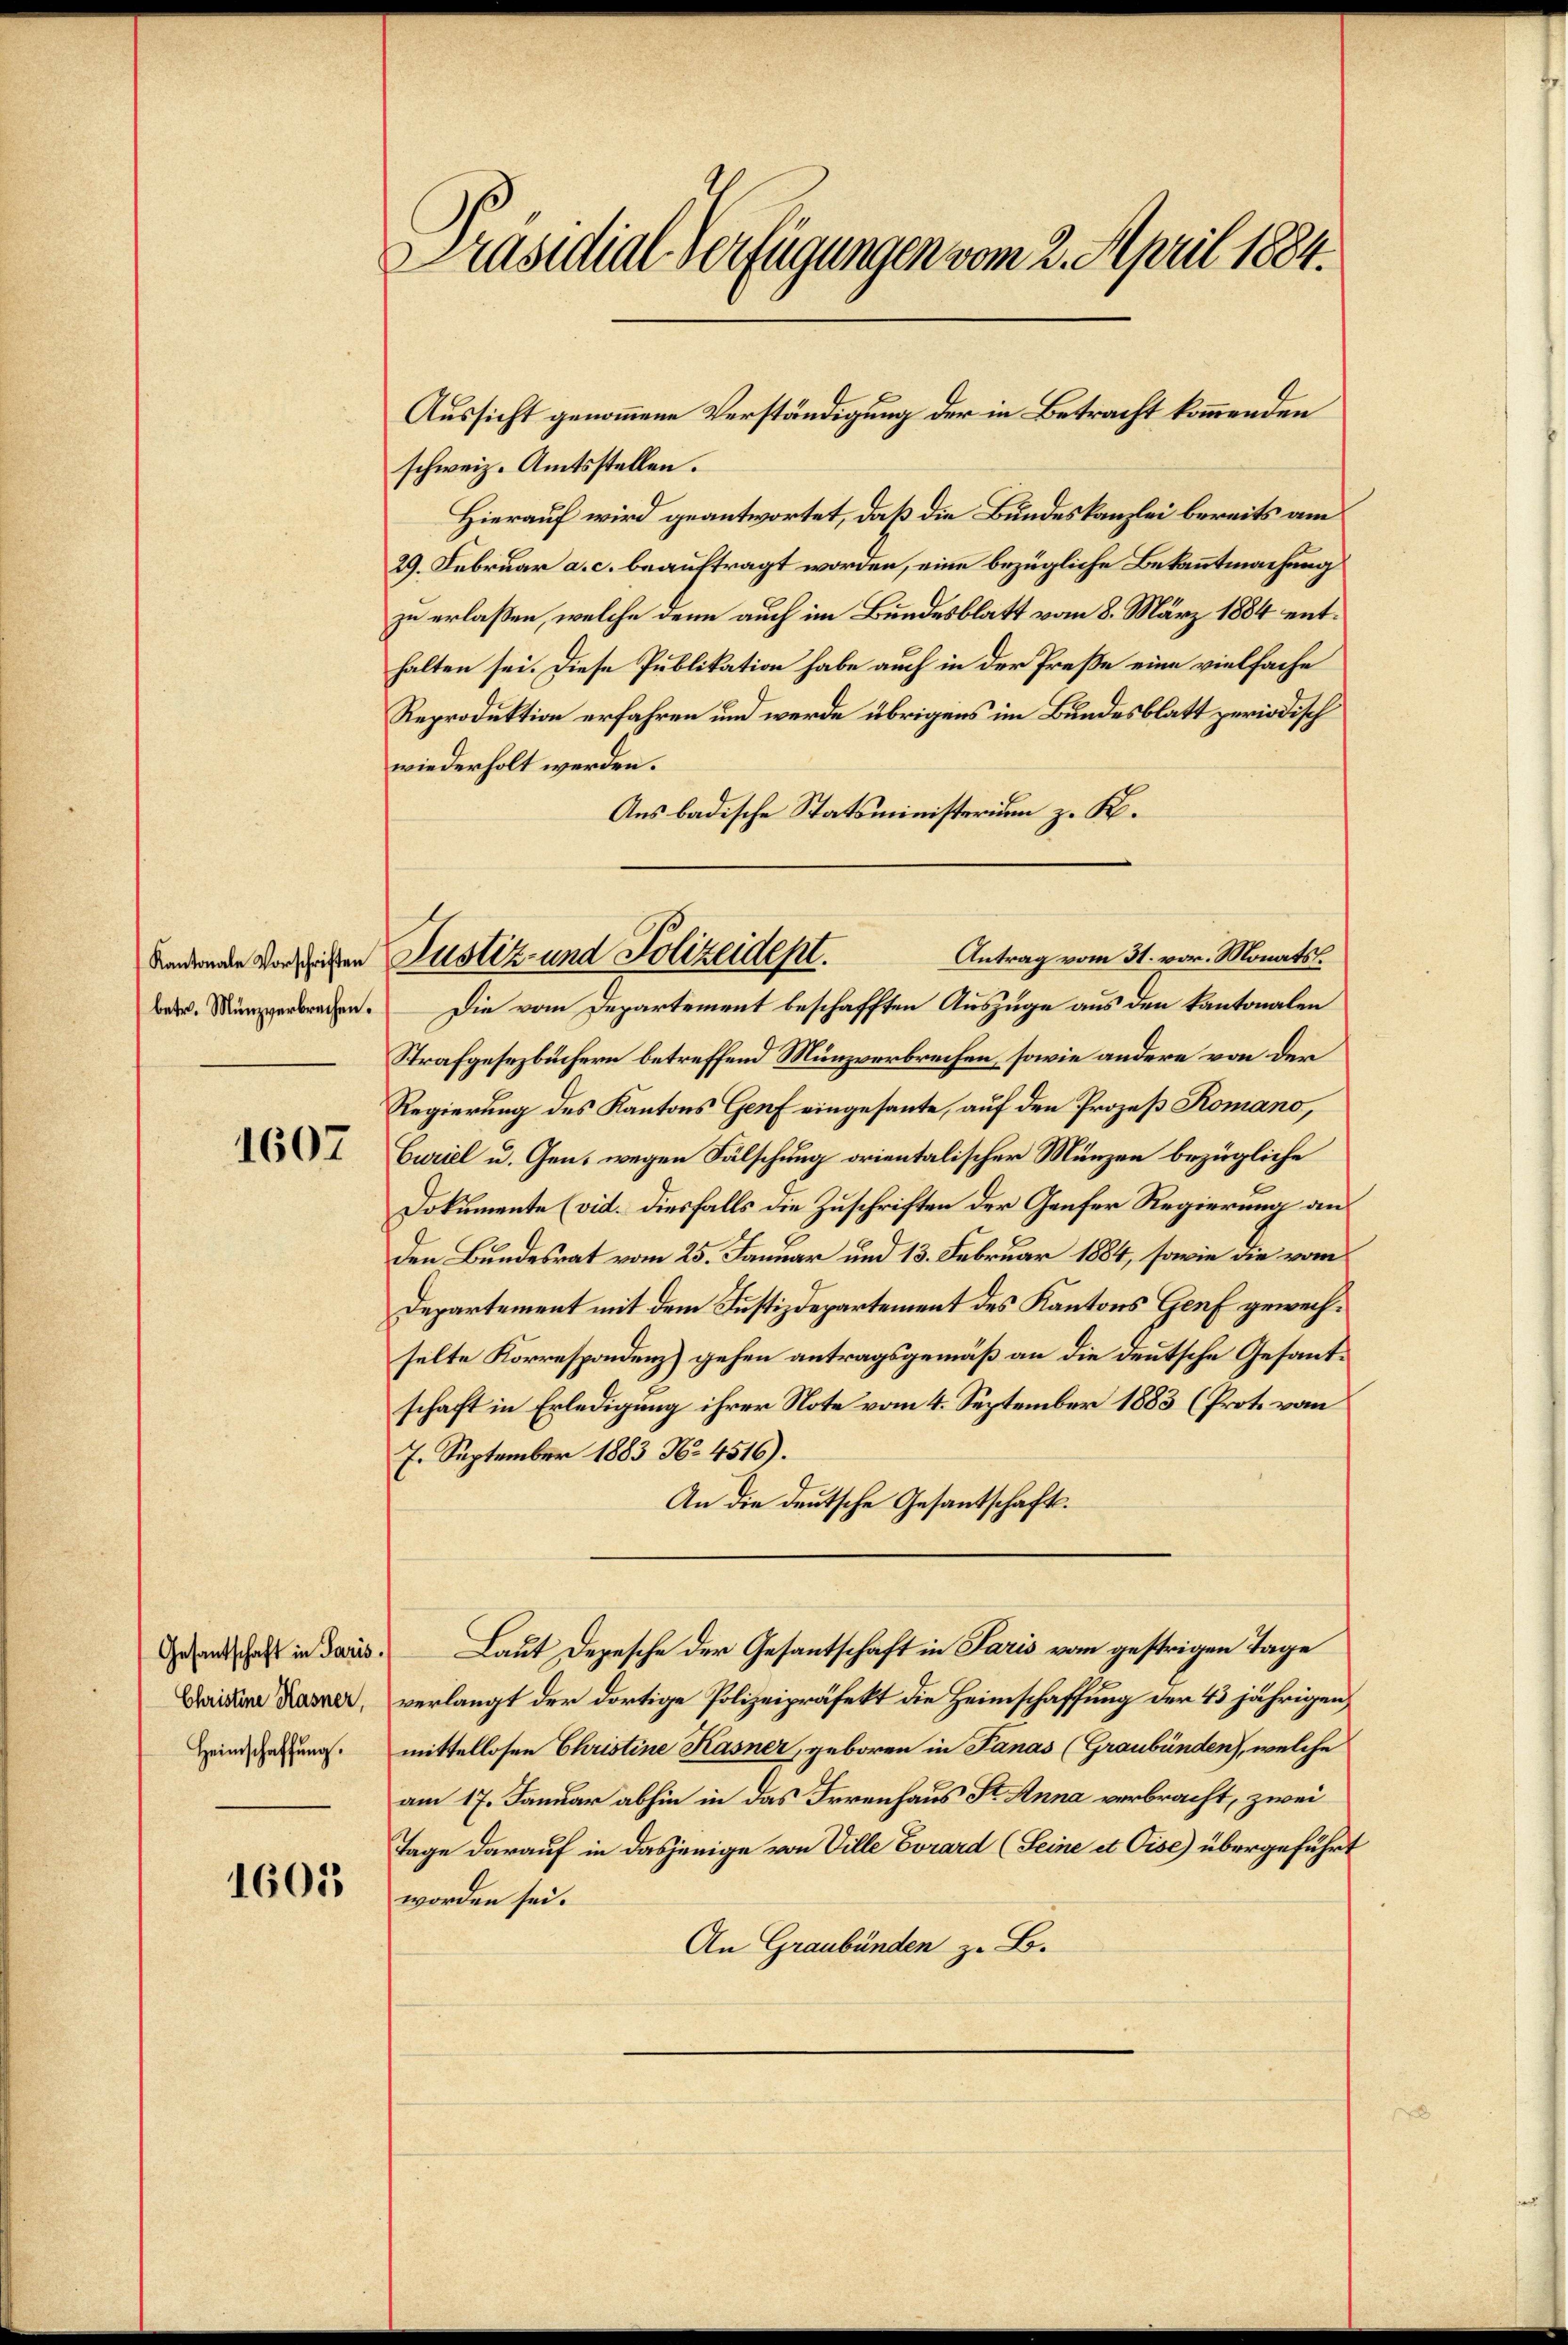
betr. Münzverbrechen.

1607

Christine Hasner,
Heimschaffung.

1605

Präsidial-Verfügungen vom 2. April 1884.

Aussicht genommene Verständigung der in Betracht kommenden
schweiz. Amtsstellen.
Hierauf wird geantwortet, daß die Bundeskanzlei bereits am
29. Februar a. c. beauftragt worden, eine bezügliche Bekanntmachung
zu erlaßen, welche denn auch im Bundesblatt vom 8. März 1884 enthalten sei. Diese Publikation habe auch in der Preße eine vielfache
Reproduktion erfahren und werde übrigens im Bundesblatt periodisch
wiederholt werden.
Aus badische Statsministerium z. K.
Die vom Departement beschafften Auszüge aus den kantonalen
Strafgesezbüchern betreffend Münzverbrechen, sowie andere von der
Regierung des Kantons Genf eingesante, auf den Prozeß Komano,
Curiel u. Gen. wegen Fälschung orientalischer Münzen bezügliche
Dokumente (vid. Diesfalls die Zuschriften der Genfer Regierung an
Den Bundesrat vom 25. Januar und 13. Februar 1884, sowie die vom
Departement mit dem Justizdepartement des Kantons Genf gewechselte Korrespondenz) gehen antragsgemäß an die deutsche Gesantschaft in Erledigung ihrer Note vom 4. September 1883 (Prot. vom
7. September 1883 No 4516).
An die deutsche Gesantschaft.
eentschaft in daris. Laut Depesche der Gesantschaft in Paris vom gestrigen Tage
verlangt der dortige Polizeipräfekt die Heimschaffung der 43 jährigen
mittellosen Christine Kasner, geboren in Panas (Graubünden), welche
am 17. Januar abhin in das Irrenhaus St. Anna verbracht, zwei
Tage darauf in dasjenige von Ville Evrard (Seine et Cise) übergeführt
worden sei.
An Graubünden z. B.

Antrag vom 31. vor. Monats
bendende Vorsichen Justiz- und Polizeidept.